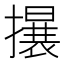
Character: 𱠻